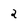
Character: 2